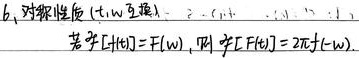
6、对称性质 (t,w互换). \\
若$\mathcal{F}[f(t)] = F(w)$,则$\mathcal{F}[F(t)] = 2\pi f(-w). $